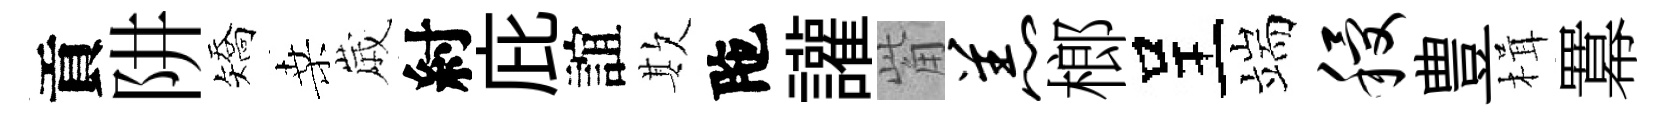
貢阱矯桑𡻕紂庇誼欺陁讙觜羔榔呈端稷豊楫羃